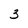
Character: 3